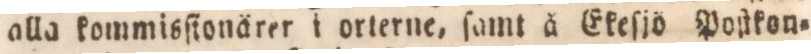
alla kommisſionärer i orterne, ſamt å Ekeſjö Poſtkon=